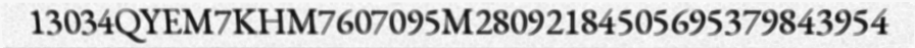
13034QYEM7KHM7607095M28092184505695379843954